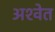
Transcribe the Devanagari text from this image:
अश्‍वेत